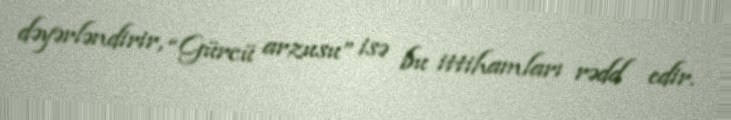
dəyərləndirir, “Gürcü arzusu” isə bu ittihamları rədd edir.